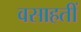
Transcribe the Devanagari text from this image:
वसाहतीं